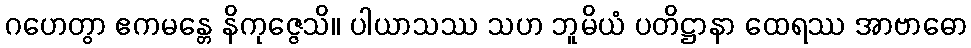
ဂဟေတွာ ဧကမန္တေ နိကုဇ္ဇေသိ။ ပါယာသဿ သဟ ဘူမိယံ ပတိဋ္ဌာနာ ထေရဿ အာဗာဓော